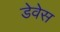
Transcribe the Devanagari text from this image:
डेवेस